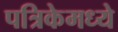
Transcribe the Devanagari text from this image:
पत्रिकेमध्ये